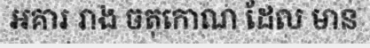
អគារ រាង ចតុកោណ ដែល មាន